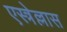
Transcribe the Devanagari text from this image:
एस्त्रेल्लास